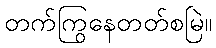
တက်ကြွနေတတ်စမြဲ။